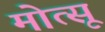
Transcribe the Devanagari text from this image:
मोत्सू